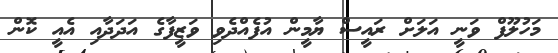
މަހުލޫފް ވަނީ އަލަށް ރައީސް ޔާމީން އުފެއްދެވި ވަޒީފާގެ އަދަދާއި އެއީ ކޮން